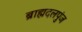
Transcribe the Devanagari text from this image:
ब्राह्मदलपुंज